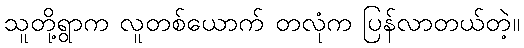
သူတို့ရွာက လူတစ်ယောက် တလုံက ပြန်လာတယ်တဲ့။